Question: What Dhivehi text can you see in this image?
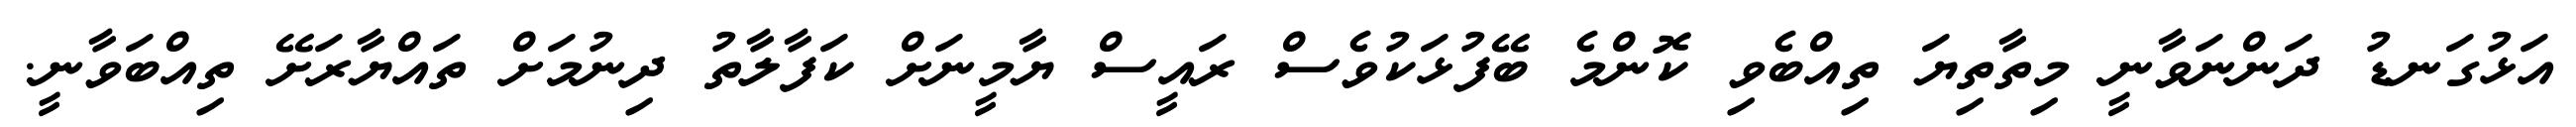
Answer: އަޅުގަނޑު ދަންނަވާނީ މިތާތިޔަ ތިއްބެވި ކޮންމެ ބޭފުޅަކުވެސް ރައީސް ޔާމީނަށް ކަފާލާތު ދިނުމަށް ތައްޔާރަށޭ ތިއްބަވާނީ.